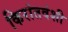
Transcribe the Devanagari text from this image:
किरांतवंशी